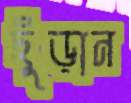
ছুঁড়ান